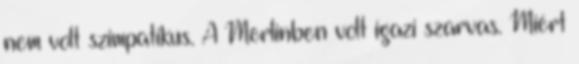
nem volt szimpatikus. A Merlinben volt igazi szarvas. Miért